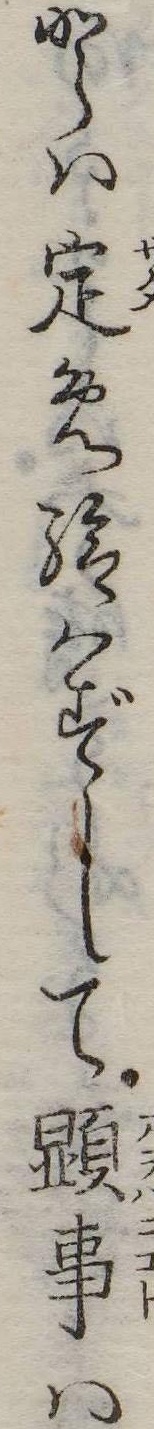
とは定め給はずして顕事は